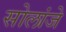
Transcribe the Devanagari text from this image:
सोलांजे